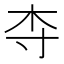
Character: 𬂝